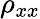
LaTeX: \rho_{xx}